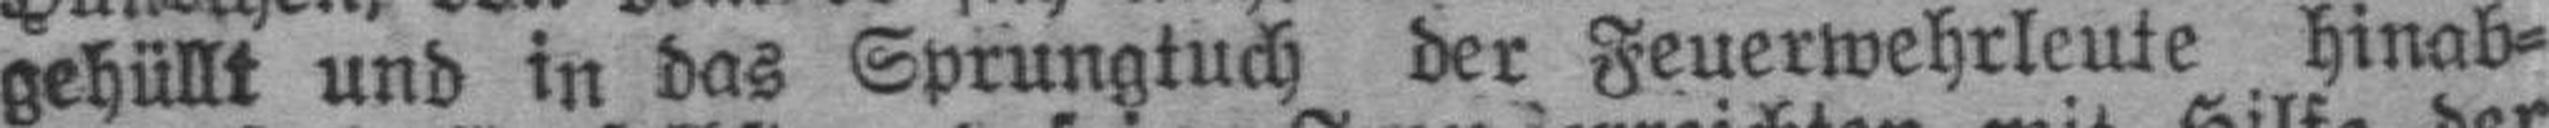
gehüllt und in das Sprungtuch der Feuerwehrleute hinab¬